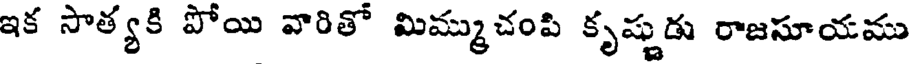
ఇక సాత్యకి పోయి వారితో మిమ్ముచంపి కృష్ణుడు రాజసూయము